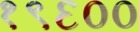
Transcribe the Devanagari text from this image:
१९६००